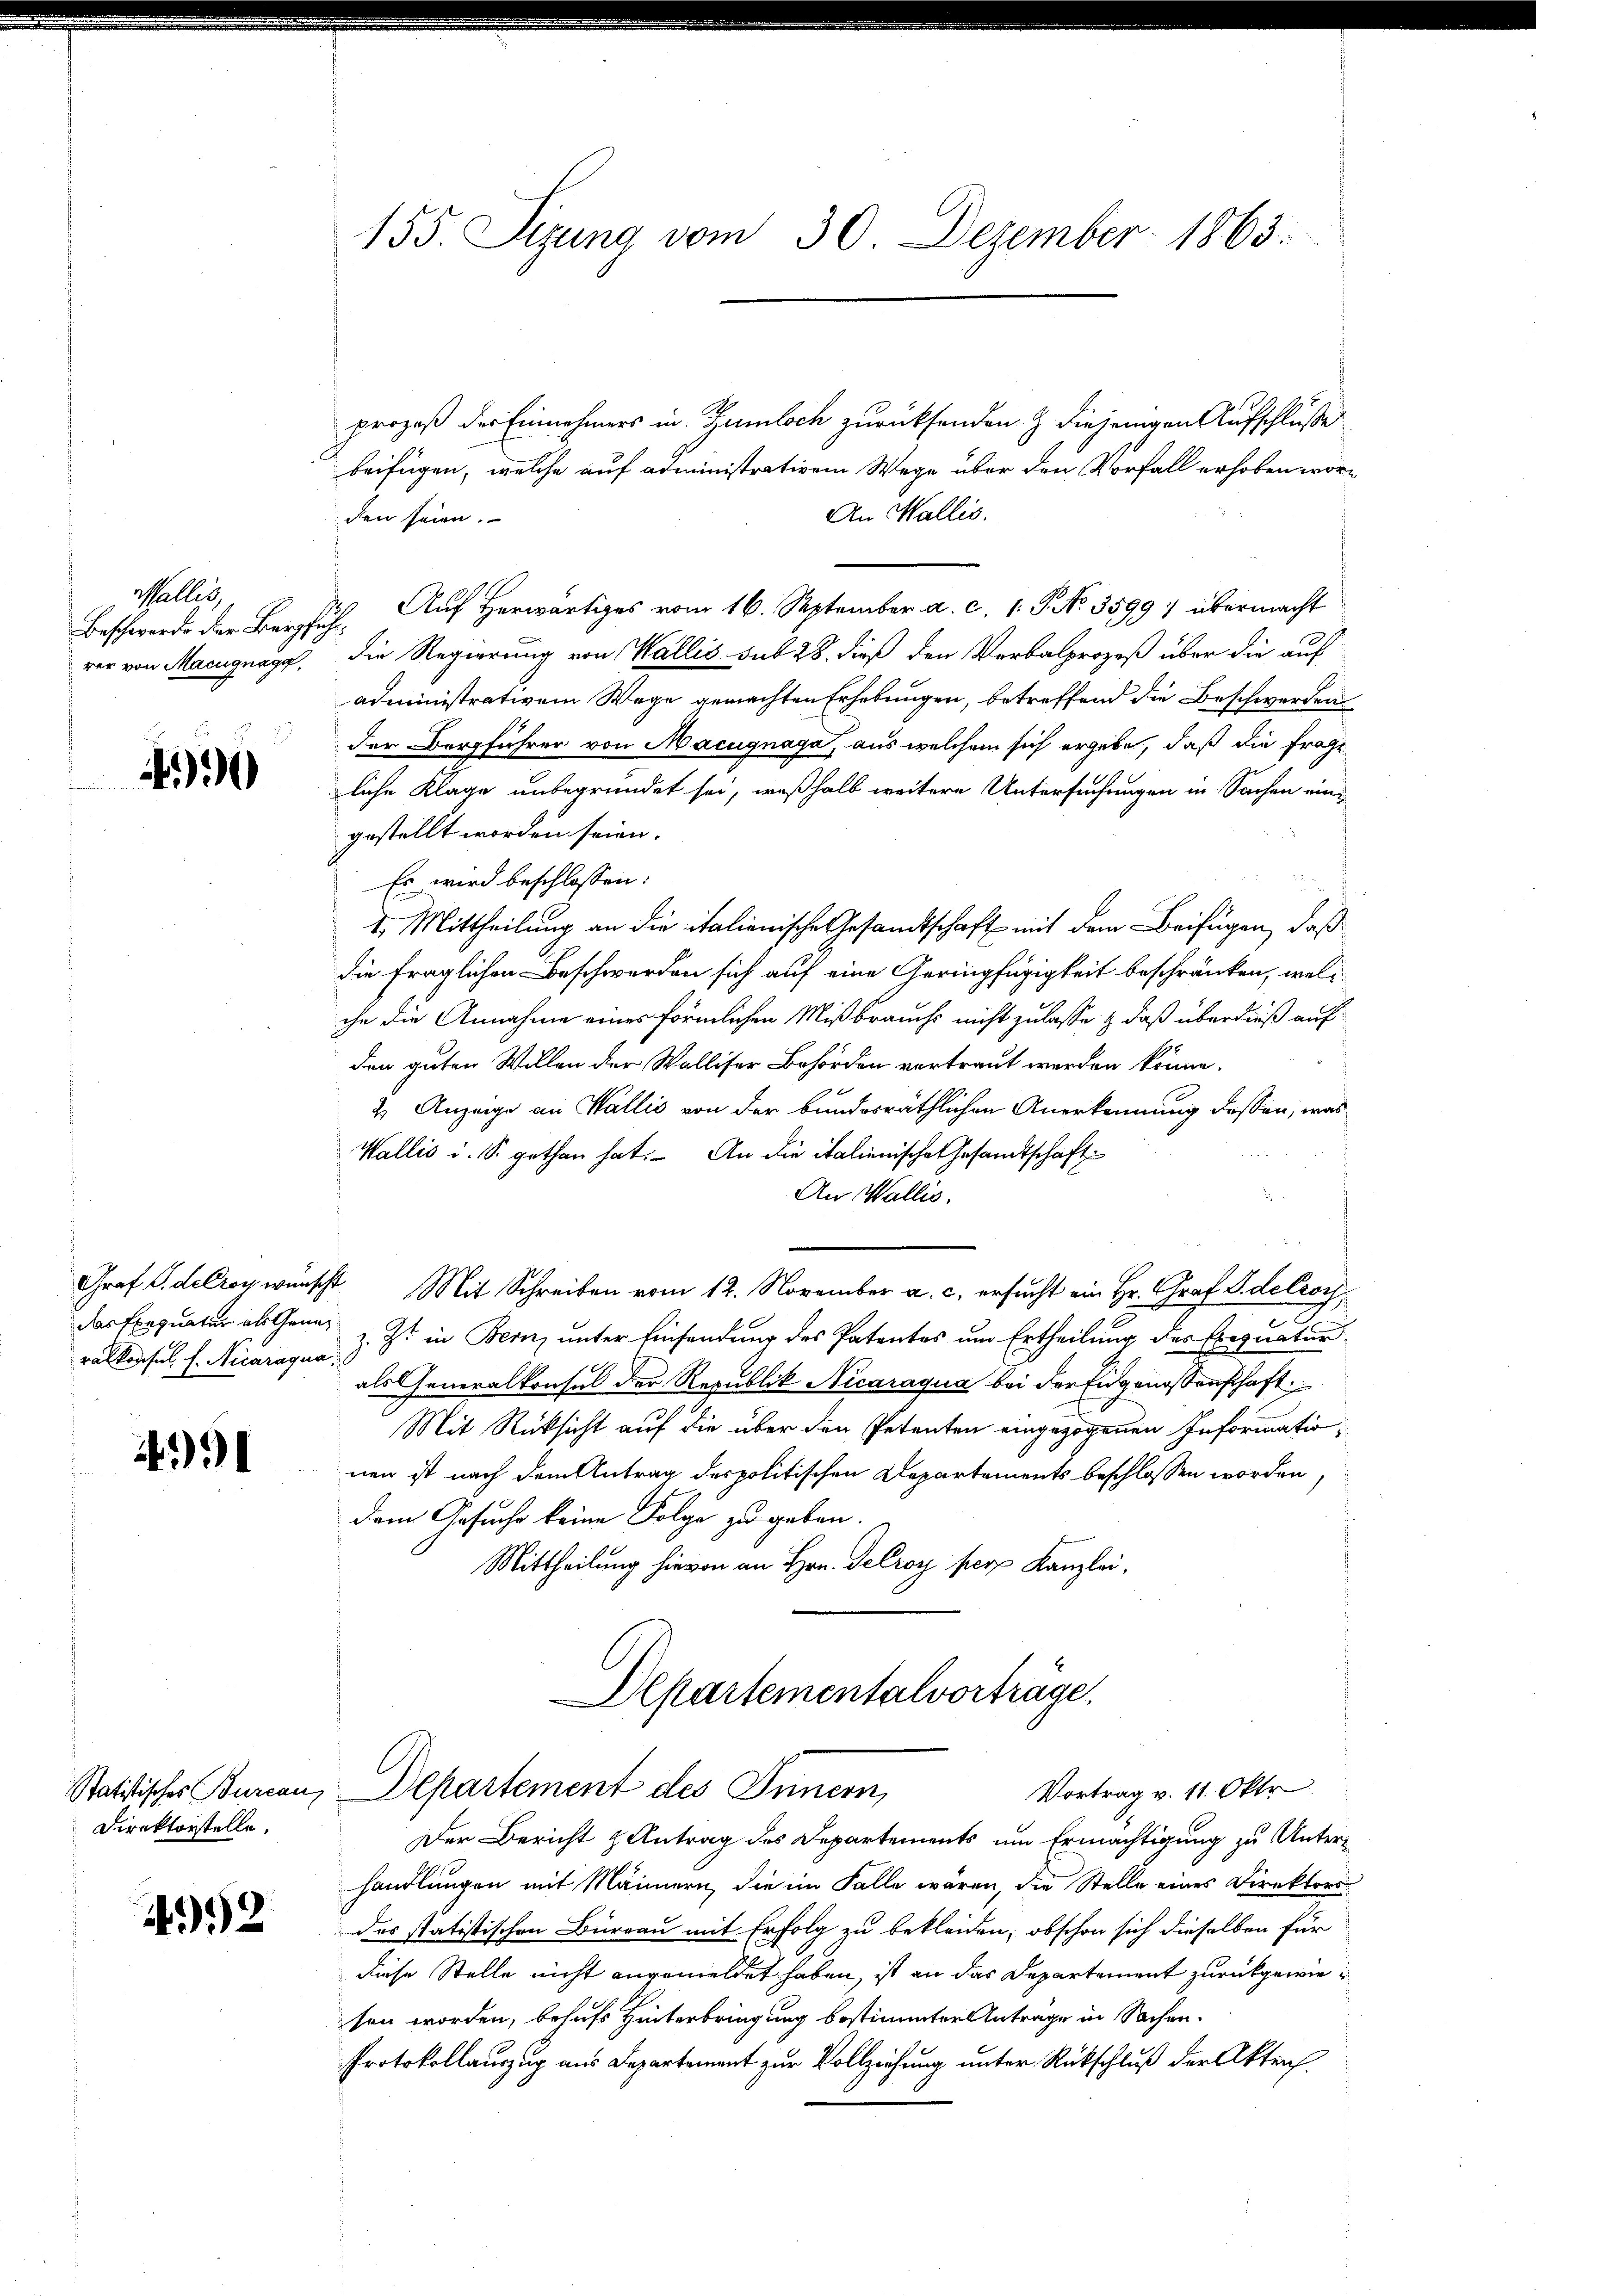
Malles,

)90

ralkonsul f. Nicaragua

4991

Direktorstelle.

492

155. Sizung vom 30. Dezember 1863.

prozeß der Einnehmers in Zumloch zurücksenden. Z. diejenigen Aufschlusse
beifügen, welche auf administrativem Wege über den Vorfall erhoben wor¬
An Wallis.
den seien.
Beschwerde der Zürich. Auf Herwärtiges vom 16. September a. c. 1. J. No 3599) übermacht
rer von Macugnagg, die Regierung von Wallis sub 28. dieß den Verbalprozeß über die auf
administrativem Wege gemachten Erhebungen, betreffend die Beschwerden
der Bergführer von Macugnaga, aus welchem sich ergebe, daß die Frage
liche Klage unbegründet sei, weßhalb weitere Untersuchungen in Sachen eingestellt worden seien.
1
Es wird beschlossen:
1. Mittheilung an die italienische Gesandtschaft mit dem Beifügen, daß
die fraglichen Beschwerden sich auf eine Geringfügigkeit beschränken, welche die Annahme eines förmlichen Mißbrauchs nicht zulasse & daß überdieß auf
den guten Willen der Walliser Behörden vertraut werden könne.
2. Anzeige an Wallis von der bundesräthlichen Anerkennung dessen, was
Wallis u. S. gethan hat. An die italienische Gesandtschaft
An Wallis.
Graf S. de Croy wünscht Mit Schreiben vom 12. November a. c. ersucht ein Hr. Graf S.delroy
c
das Exequater als Gener 1. Ist in Bern, unter Einsendung des Patentes um Ertheilung des Exequatur
als Generalkonsul der Republik Nicaraqua bei der Eidgenossenschaft.
Mit Rüksicht auf die über den Petenten eingezogenen Informatio
nen ist nach dem Antrag des politischen Departements beschlossen worden,
dem Gesuche keine Folge zu geben.
Mittheilung hievon an Hrn. Gelroy pers Kanzlei,
Departementalvorträge.
Vortrag v. 11. Okto
Statistisches Bureau, Departement des Innern,
Der Bericht Antrag des Departements um Ermächtigung zu Unterhandlungen mit Männern, die im Falle wären, die Stelle eines Direktors
des statistischen Büreau mit Erfolg zu bekleiden; obschon sich dieselben für
diese Stelle nicht angemeldet haben, ist an das Departement zurückgewiesen worden, behufs Hinterbringung bestimmter Antrage in Sachen.
Protokollauszug aus Departement zur Vollziehung unter Rückschluß der Akten.